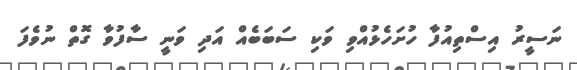
ނަސީރު އިސްތިއުފާ ހުށަހެޅުއްވި ވަކި ސަބަބެއް އަދި ވަނީ ސާފުވާ ގޮތް ނުވެފަ